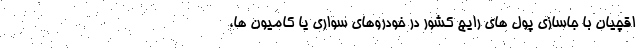
اقچیان با جاسازی پول های رایج کشور در خودروهای سواری یا کامیون ها،